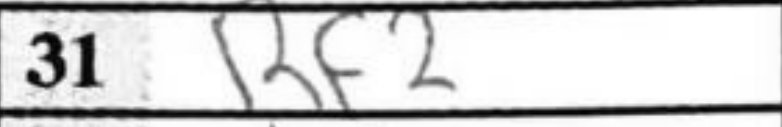
Transcription: Rf2